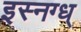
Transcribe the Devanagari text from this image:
इस्नग्ध्